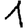
Digit: 1